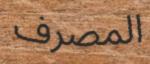
المصرف